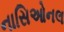
નાસિઓનલ